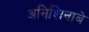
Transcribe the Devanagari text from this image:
अनिशिनाबे